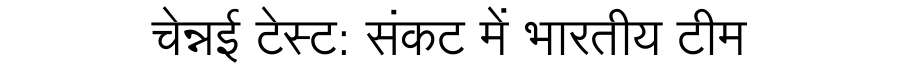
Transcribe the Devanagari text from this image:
चेन्नई टेस्ट: संकट में भारतीय टीम